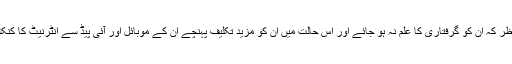
اس خدشے کے پیش نظر کہ ان کو گرفتاری کا علم نہ ہو جائے اور اس حالت میں ان کو مزید تکلیف پہنچے ان کے موبائل اور آئی پیڈ سے انٹرنیٹ کا کنکشن ختم کر دیا گیا تھا۔